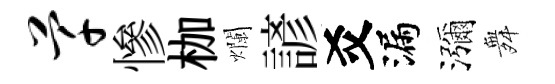
芊慘枷爛諺爻漏瀰舞